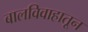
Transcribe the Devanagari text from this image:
बालविवाहातून